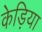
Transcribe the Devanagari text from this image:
केड़िया